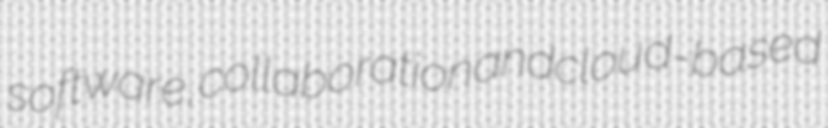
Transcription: software, collaboration and cloud-based